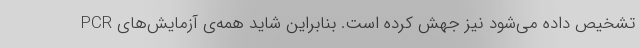
PCR تشخیص داده می‌شود نیز جهش کرده است. بنابراین شاید همه‌ی آزمایش‌های